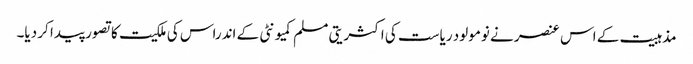
مذہبیت کے اس عنصر نے نومولود ریاست کی اکثریتی مسلم کمیونٹی کے اندراس کی ملکیت کا تصور پیدا کر دیا۔